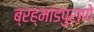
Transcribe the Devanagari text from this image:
ब्रह्मांडपुराणे